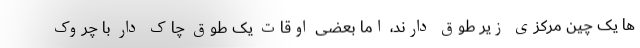
ها یک چین مرکزی زیر طوق دارند، اما بعضی اوقات یک طوق چاک دار با چروک